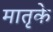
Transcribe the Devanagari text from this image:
मातृके